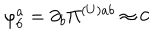
\varphi _ { 6 } ^ { a } = \partial _ { b } \Pi ^ { ( U ) a b } \approx 0